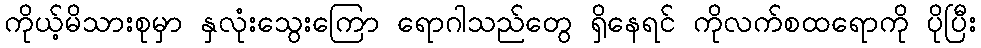
ကိုယ့်မိသားစုမှာ နှလုံးသွေးကြော ရောဂါသည်တွေ ရှိနေရင် ကိုလက်စထရောကို ပိုပြီး